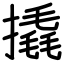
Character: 撬